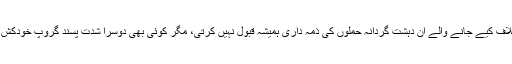
مارکادو نے کہا کہ گو کہ بوکوحرام عام شہریوں کے خلاف کیے جانے والے ان دہشت گردانہ حملوں کی ذمہ داری ہمیشہ قبول نہیں کرتی، مگر کوئی بھی دوسرا شدت پسند گروپ خودکش دھماکوں کے لیے بچوں کا اس طرح استعمال نہیں کرتا۔